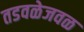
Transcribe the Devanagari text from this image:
तडवळेजवळ